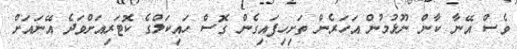
ވެސް އޭނާ ކާން ނޫޅުމުން އަހަރެން ތަށިހިފައިގެން ގޮސް ހައިކަލްގެ ކޮޓަރިއަށްވަދެ އޭނައަށް